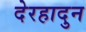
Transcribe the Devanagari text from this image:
देरहादुन